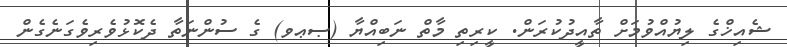
ޝެއިޚްގެ ލިޔުއްވުމަށް ތާއީދުކުރަން. ކީރިތި މާތް ނަބިއްޔާ (ޞޢވ) ގެ ސުންނަތާ ދެކޮޅުވެރިވެގަނެގެން